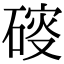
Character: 𥔉